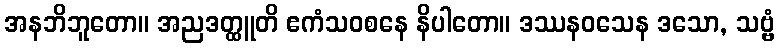
အနဘိဘူတော။ အညဒတ္ထူတိ ဧကံသဝစနေ နိပါတော။ ဒဿနဝသေန ဒသော, သဗ္ဗံ